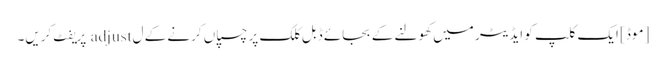
[موڈ] ایک کلپ کو ایڈیٹر میں کھولنے کے بجائے ڈبل کلک پر چسپاں کرنے کے ل adjust پریفٹ کریں۔